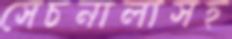
সেচনালাসহ